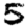
Digit: 5